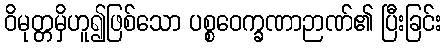
ဝိမုတ္တမှိဟူ၍ဖြစ်သော ပစ္စဝေက္ခဏာဉာဏ်၏ ပြီးခြင်း